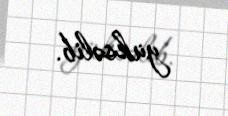
yüksəlib.